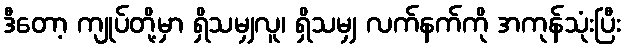
ဒီတော့ ကျုပ်တို့မှာ ရှိသမျှလူ၊ ရှိသမျှ လက်နက်ကို အကုန်သုံးပြီး